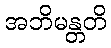
အဘိမန္တတိ